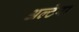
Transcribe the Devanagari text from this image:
अल्टेरा